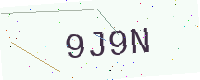
Text: 9J9N